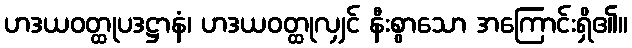
ဟဒယဝတ္ထုပဒဋ္ဌာနံ၊ ဟဒယဝတ္ထုလျှင် နီးစွာသော အကြောင်းရှိ၏။